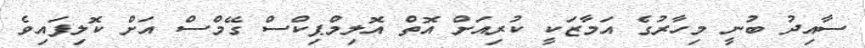
ސާއިދު ބުނީ މިހާރުގެ އަމާޒަކީ ކުރިއަށް އޮތް އޮލިމްޕިކްސް ގޭމްސް އަށް ކޮލިފައިވެ